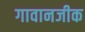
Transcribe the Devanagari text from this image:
गावानजीक